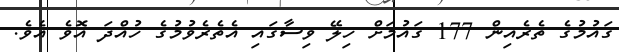
ގައުމުގެ ތެރެއިން 177 ގައުމަށް ހިލޭ ވިސާގައި އެތެރެވުމުގެ ހުއްދަ އޮވެ އެވެ.